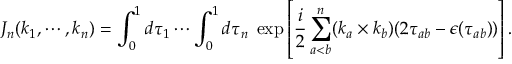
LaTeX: J _ { n } ( k _ { 1 } , \cdots , k _ { n } ) = \int _ { 0 } ^ { 1 } d \tau _ { 1 } \cdots \int _ { 0 } ^ { 1 } d \tau _ { n } \; \exp \left[ \frac { i } { 2 } \sum _ { a < b } ^ { n } ( k _ { a } \times k _ { b } ) ( 2 \tau _ { a b } - \epsilon ( \tau _ { a b } ) ) \right] .